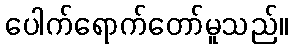
ပေါက်ရောက်တော်မူသည်။